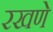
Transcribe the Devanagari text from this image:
रखणे